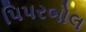
પિપરબોલ